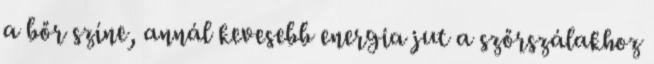
a bőr színe, annál kevesebb energia jut a szőrszálakhoz